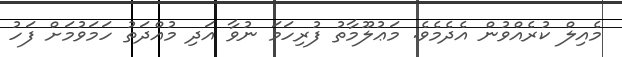
މެއިލް ކުރެއްވުން އެދެމެވެ. މަޢުލޫމާތު ފުރިހަމަ ނުވާ އަދި މުއްދަތު ހަމަވުމަށް ފަހު